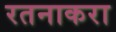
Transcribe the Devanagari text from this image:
रतनाकरा